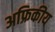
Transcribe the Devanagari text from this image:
अफ्रिकीय